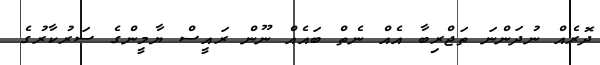
ދޮރެއް ނުދަންނަ ތަޖްރިބާ އެއް ނެތް ބައެއް ނޫން ރައީސް ޔާމީންގެ ސަރުކާރުގެ